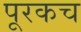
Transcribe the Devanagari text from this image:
पूरकच